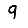
Digit: 9